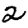
Digit: 2